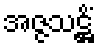
အဇ္ဇသဋ္ဌိံ